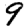
Digit: 9